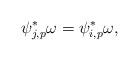
LaTeX: \begin{align*}\psi_{j,p}^\ast\omega=\psi_{i,p}^\ast\omega,\end{align*}